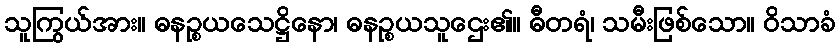
သူကြွယ်အား။ ဓနဉ္စယသေဋ္ဌိနော၊ ဓနဉ္စယသူဌေး၏။ ဓီတရံ၊ သမီးဖြစ်သော။ ဝိသာခံ